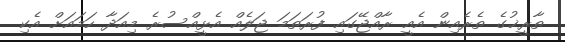
ތާރީޚުގެ ތެރެއިން އެއީ ރާއްޖޭގައި ފުރަތަމަ ޖަލެއް އެޅީއްސުރެ މިއަދާ ހަމައަށް އެކި